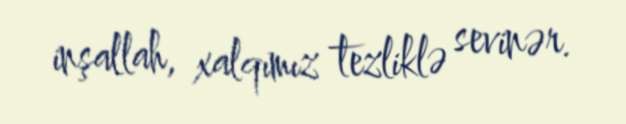
inşallah, xalqımız tezliklə sevinər.